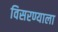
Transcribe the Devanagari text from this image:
विसरण्याला